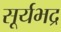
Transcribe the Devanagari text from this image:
सूर्यभद्र